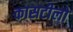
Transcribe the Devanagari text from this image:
कासटीलो